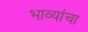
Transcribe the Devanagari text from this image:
भाव्यांचा